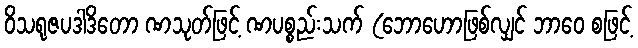
ဝိသရုဇပဒါဒိတော ဏသုတ်ဖြင့် ဏပစ္စည်းသက် (ဘောဟောဖြစ်လျှင် ဘာဝေ စဖြင့်